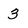
Character: 3